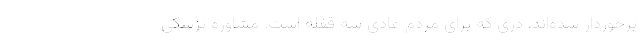
برخوردار شده‌اند، دری که برای مردم عادی سه قفله است. مشاوره پزشکی